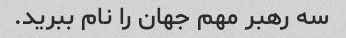
سه رهبر مهم جهان را نام ببرید.